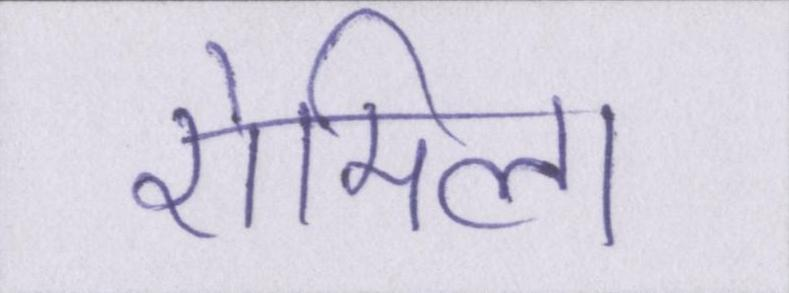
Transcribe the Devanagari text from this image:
रोमिला